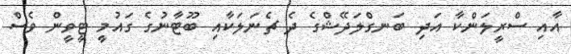
އާއި ސްރީލަންކާ އަދި ބަނގްލަދޭޝްގެ ދެ ޗެނަލަކާއި ބޫޓާނުގެ ގައުމީ ޓީވީން ވެސް